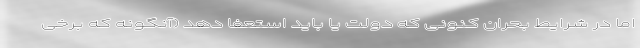
اما در شرایط بحران کنونی که دولت یا باید استعفا دهد (آنگونه که برخی